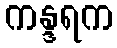
ကန္ဒရက